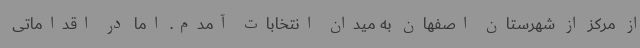
از مرکز از شهرستان اصفهان به میدان انتخابات آمدم. اما در اقداماتی